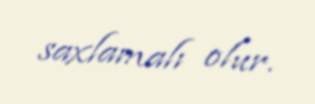
saxlamalı olur.